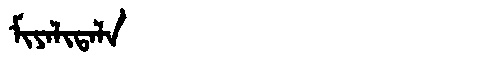
Manchu: ᠮᡳᠶᠠᠯᡳᡨᠠᠯᠠ
Romanization: MIYALITALA